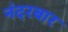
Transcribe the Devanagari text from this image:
नंदरबार